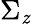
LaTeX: \Sigma_{\mathit{z}}